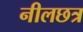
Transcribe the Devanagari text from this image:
नीलछत्र